Indian Medical Review
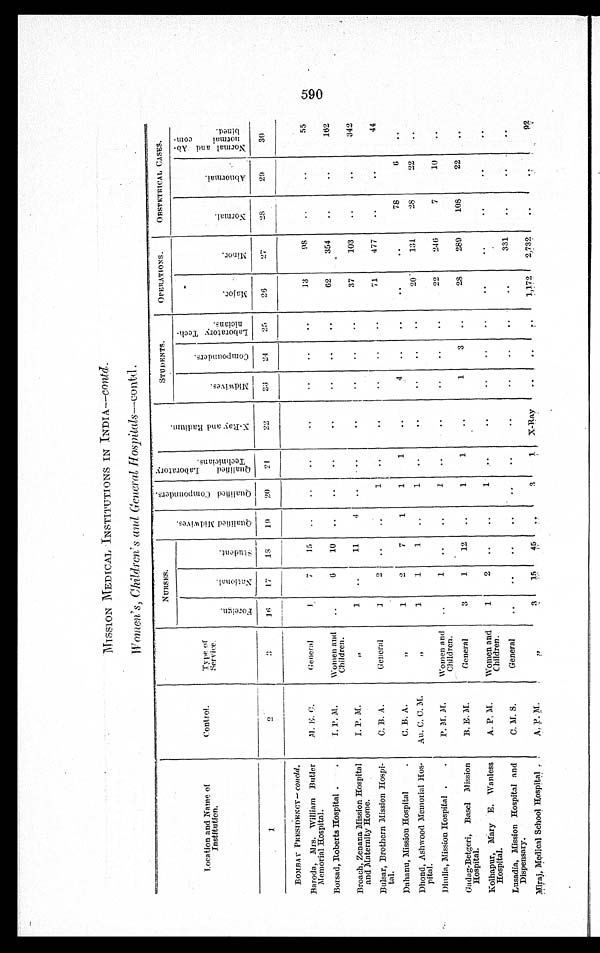
MISSION MEDICAL INSTITUTIONS IN INDIA—Contd.
Women's, Children's and General Hospitals—contd.
Location and Name of
institution.
Control.
NURSES.
Q u a l i f i e d M i d w a v e s .
Q u a l i f i e d C o m p o u n d e r s .
Q u a l i f i e d L a b r o t o r y T e c h n i c i a n s .
X - R a y a n d R a d i u m .
STUDENTS.
OPERATIONS.
OBSTETRICAL CASES.
T y p e o f S e r v i c e .
F o r e i g n .
N a t i o n a l .
Student.
M i d w a v e s .
C o m p o u n d e r s . L a b r a t o r y T e c h n i c i a n s .
M a j o r .
M i n o r .
N o r m a l .
A b n o r m a l .
N o r m a l a n d A b n o r m a l c o m b i n e d .
1.
2
3
1 6
1 7
18 19
20
21
22
23
24
25
26
27
28
29
30
BOMBAY PRESIDENCY—c o n c l d .
Beroda, Mrs. William Butler
Memorial Hospital.
M. E. C .
General
1
7
15
13
98
55
Borsad, Roberts Hospital
I. P. M.
Women and
Children.
6
10
62
354
162
Broach, Zenana Mission Hospital
and Maternity Home.
I. P. M.
, ,
11
4
37
103
342
Bulsar, Brothern Mission Hospi-
tal.
C. B. A.
General
1
2
1
71
477
44
Dahanu, Mission Hospital
C. B. A.
, ,
1
2
7
1
1
1
4
78
6
Dhond, Ashwood Memorial Hos-
pital.
Au. C. C. M.
, ,
1
1 1
1
20
131
28
22
Dhulia, Mission Hospital
P. M. M.
Women and
Children.
1
1
22
246
7
10
Gadag-Betgeri, Basel Mission
Hospital.
B. E. M.
General
3
1
12
1
1
1
3
28
289
108
22
Kolhapur, Mary E. Wanless
Hospital.
A. P. M.
Women and
Children.
1
2
1
Lusadia, Mission Hospital and
Dispensary.
C. M. S.
General
331
Miraj, Medical School Hospital
A. p. M.
, ,
3 15
45
3
1 X-Ray
1,172 2,732
92